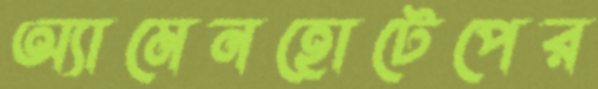
অ্যামেনহোটেপের